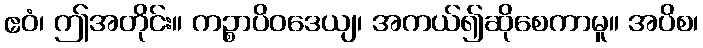
ဧဝံ၊ ဤအတိုင်း။ ကဉ္စာပိဝဒေယျ၊ အကယ်၍ဆိုစေကာမူ။ အပိစ၊